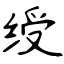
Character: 绶